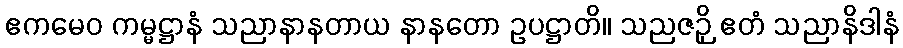
ဧကမေဝ ကမ္မဋ္ဌာနံ သညာနာနတာယ နာနတော ဥပဋ္ဌာတိ။ သညဇဉှိ ဧတံ သညာနိဒါနံ